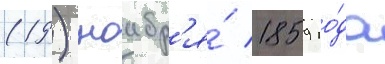
(19) ноабр'я́ 1859 го́да